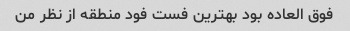
فوق العاده بود بهترین فست فود منطقه از نظر من